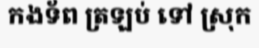
កងទ័ព ត្រឡប់ ទៅ ស្រុក